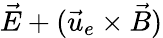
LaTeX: \vec{E}+(\vec{u}_{e}\times\vec{B})